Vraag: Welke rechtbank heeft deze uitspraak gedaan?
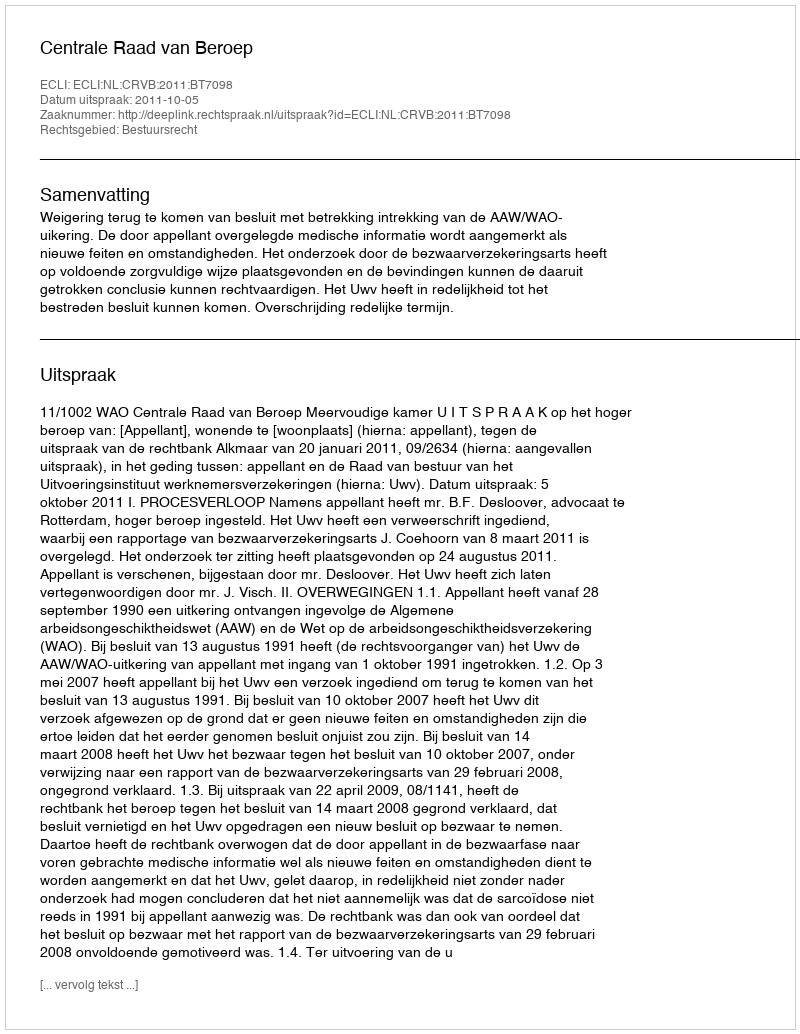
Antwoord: Centrale Raad van Beroep